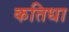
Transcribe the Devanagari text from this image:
कतिधा